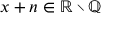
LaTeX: x + n \in \mathbb { R } \smallsetminus \mathbb { Q }